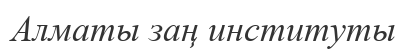
Алматы заң институты